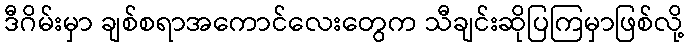
ဒီဂိမ်းမှာ ချစ်စရာအကောင်လေးတွေက သီချင်းဆိုပြကြမှာဖြစ်လို့